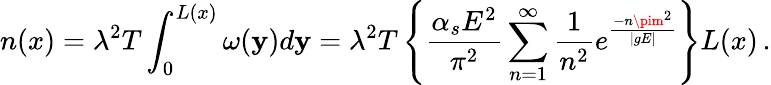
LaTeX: n(x)=\lambda^{2}T\int_{0}^{L(x)}\omega(\mathbf{y})d\mathbf{y}=\lambda^{2}T\left\{ \frac{{\alpha_{s}E^{2}}}{{\pi^{2}}}\sum_{n=1}^{\infty}\frac{{1}}{{n^{2}}}e^{\frac{{-n\pim^{2}}}{{|gE|}}}\right\} L(x)\, .